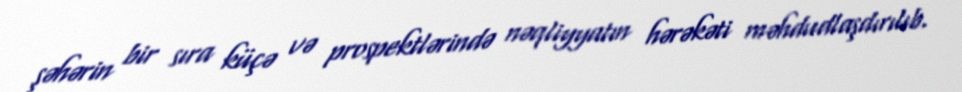
şəhərin bir sıra küçə və prospektlərində nəqliyyatın hərəkəti məhdudlaşdırılıb.